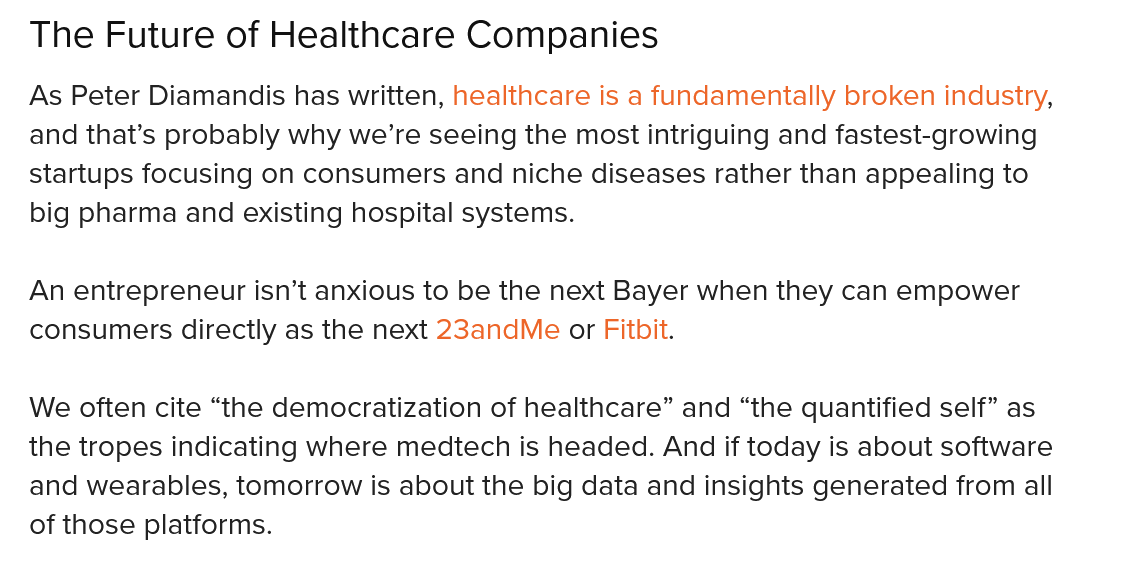
The   Future  of Healthcare   Companies
  As Peter Diamandis has written, healthcare is a fundamentally broken industry,
  and that’s probably why we’re seeing the most intriguing and fastest-growing
  startups focusing on consumers and niche diseases rather than appealing to
   big pharma and existing hospital systems.
  An entrepreneur isn’t anxious to be the next Bayer when they can empower
  consumers directly as the next 23andMe or Fitbit.
  We often cite “the democratization of healthcare” and “the quantified self” as
  the tropes indicating where medtech is headed. And if today is about software
  and wearables, tomorrow is about the big data and insights generated from all
  of those platforms.